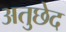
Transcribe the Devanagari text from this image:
अतुछेद